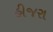
હીજરા